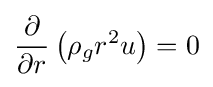
{\frac {\partial }{\partial {r}}}\left(\rho _{g}r^{2}u\right)=0